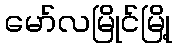
မော်လမြိုင်မြို့